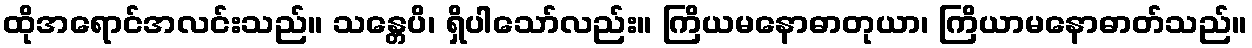
ထိုအရောင်အလင်းသည်။ သန္တေပိ၊ ရှိပါသော်လည်း။ ကြိယမနောဓာတုယာ၊ ကြိယာမနောဓာတ်သည်။